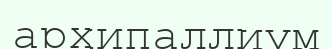
архипаллиум